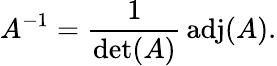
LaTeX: A^{-1}={\frac{1}{\operatorname*{det}(A)}}\operatorname{adj}(A).